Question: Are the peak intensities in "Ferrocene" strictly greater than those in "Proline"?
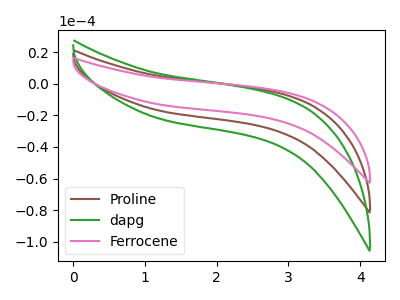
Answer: <think>The brown curve "Proline" has no peaks. The green curve "dapg" has no peaks. The pink curve "Ferrocene" has no peaks.</think>
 <answer>Niether CV has any peaks.</answer>
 <eval>blanks</eval>